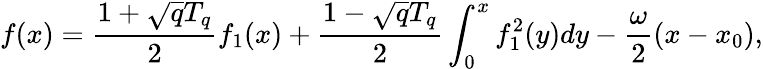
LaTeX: f(x)={\frac{1+\sqrt{q}T_{q}}{2}}f_{1}(x)+{\frac{1-\sqrt{q}T_{q}}{2}}\int_{0}^{x}f_{1}^{2}(y)dy-{\frac{\omega}{2}}(x-x_{0}),